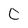
Character: 0